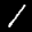
Label: 1